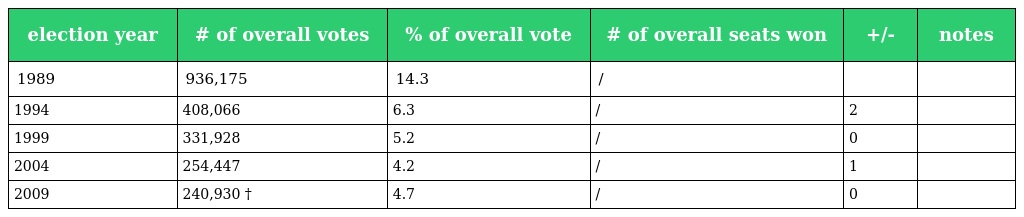
| election year | # of overall votes | % of overall vote | # of overall seats won | +/- | notes |
 | --- | --- | --- | --- | --- | --- |
 | 1989 | 936,175 | 14.3 | / |  |  |
 | 1994 | 408,066 | 6.3 | / | 2 |  |
 | 1999 | 331,928 | 5.2 | / | 0 |  |
 | 2004 | 254,447 | 4.2 | / | 1 |  |
 | 2009 | 240,930 † | 4.7 | / | 0 |  |